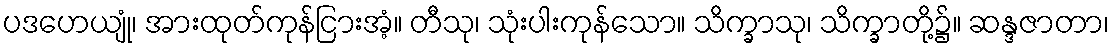
ပဒဟေယျုံ၊ အားထုတ်ကုန်ငြားအံ့။ တီသု၊ သုံးပါးကုန်သော။ သိက္ခာသု၊ သိက္ခာတို့၌။ ဆန္ဒဇာတာ၊